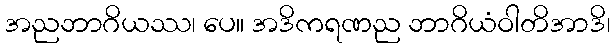
အညဘာဂိယဿ၊ ပေ။ အဒိကရဏည ဘာဂိယံဝါတိအာဒိ၊